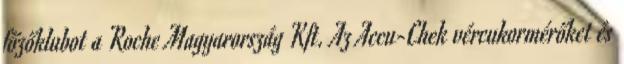
főzőklubot a Roche Magyarország Kft. Az Accu-Chek vércukormérőket és